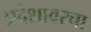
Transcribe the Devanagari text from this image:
प्रदेशावरचा